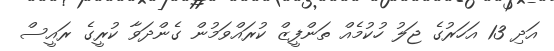
އަދި 13 އަހަރުގެ ޖަލު ހުކުމެއް ތަންފީޒް ކުރައްވަމުން ގެންދަވާ ކުރީގެ ރައީސް